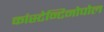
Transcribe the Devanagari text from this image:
कांस्टेन्टिनोपोल